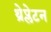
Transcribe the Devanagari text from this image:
थ्रेप्लेटन